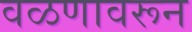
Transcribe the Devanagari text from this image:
वळणावरून